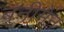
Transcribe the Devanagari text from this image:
बनीमेन